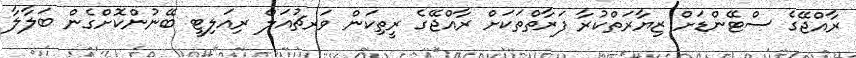
ރާއްޖޭގެ ސްޓޭންޑަށް ޒިޔާރަތްކުރާ ފަރާތްތަކަށް ރާއްޖޭގެ ރީތިކަން ވަރޗުއަލް ރިއަލިޓީ ބޭނުންކޮށްގެން ބަލާލާ